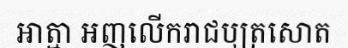
អាត្មា អញលើករាជបុត្រសោត